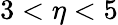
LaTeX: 3<\eta<5